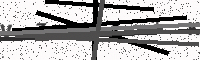
Text: VZ493K